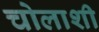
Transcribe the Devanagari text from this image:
चोलाशी